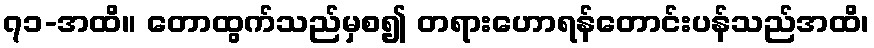
၇၁-အထိ။ တောထွက်သည်မှစ၍ တရားဟောရန်တောင်းပန်သည်အထိ၊